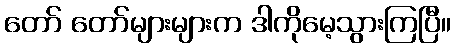
တော် တော်များများက ဒါကိုမေ့သွားကြပြီ။